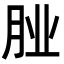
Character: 𮌌